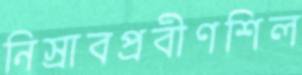
নিস্রাবপ্রবীণশিল